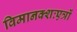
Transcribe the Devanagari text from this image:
विमानक्शःएत्रों